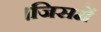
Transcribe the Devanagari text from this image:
।जिसमें